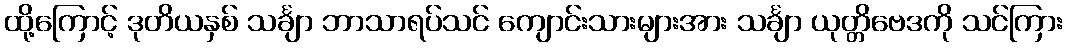
ထို့ကြောင့် ဒုတိယနှစ် သင်္ချာ ဘာသာရပ်သင် ကျောင်းသားများအား သင်္ချာ ယုတ္တိဗေဒကို သင်ကြား